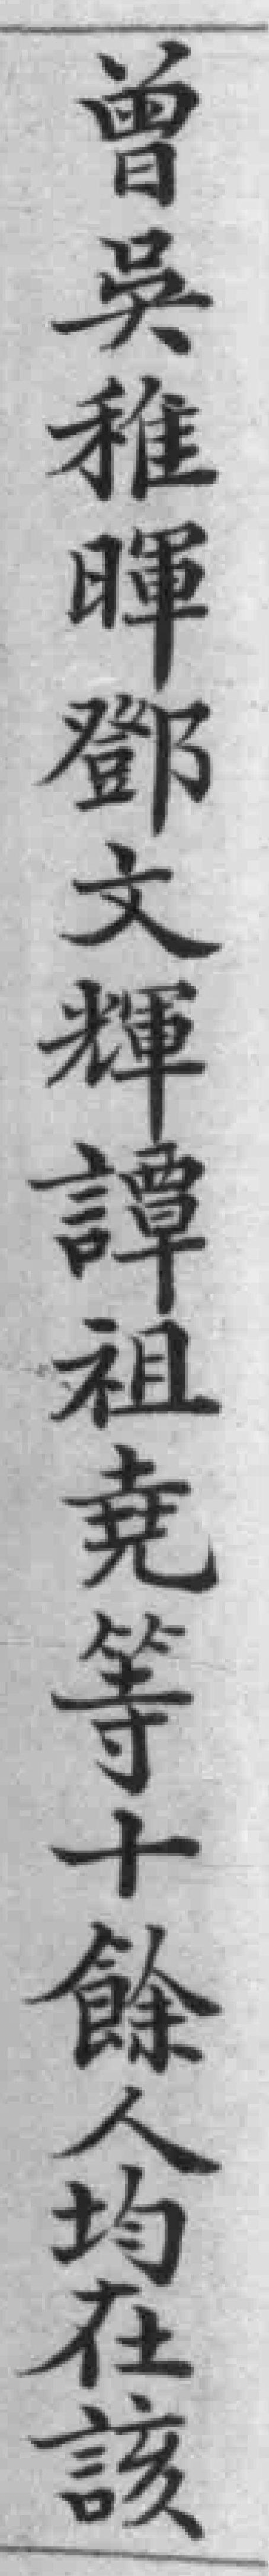
曾吳稚暉鄧文輝譚祖堯等十餘人均在該